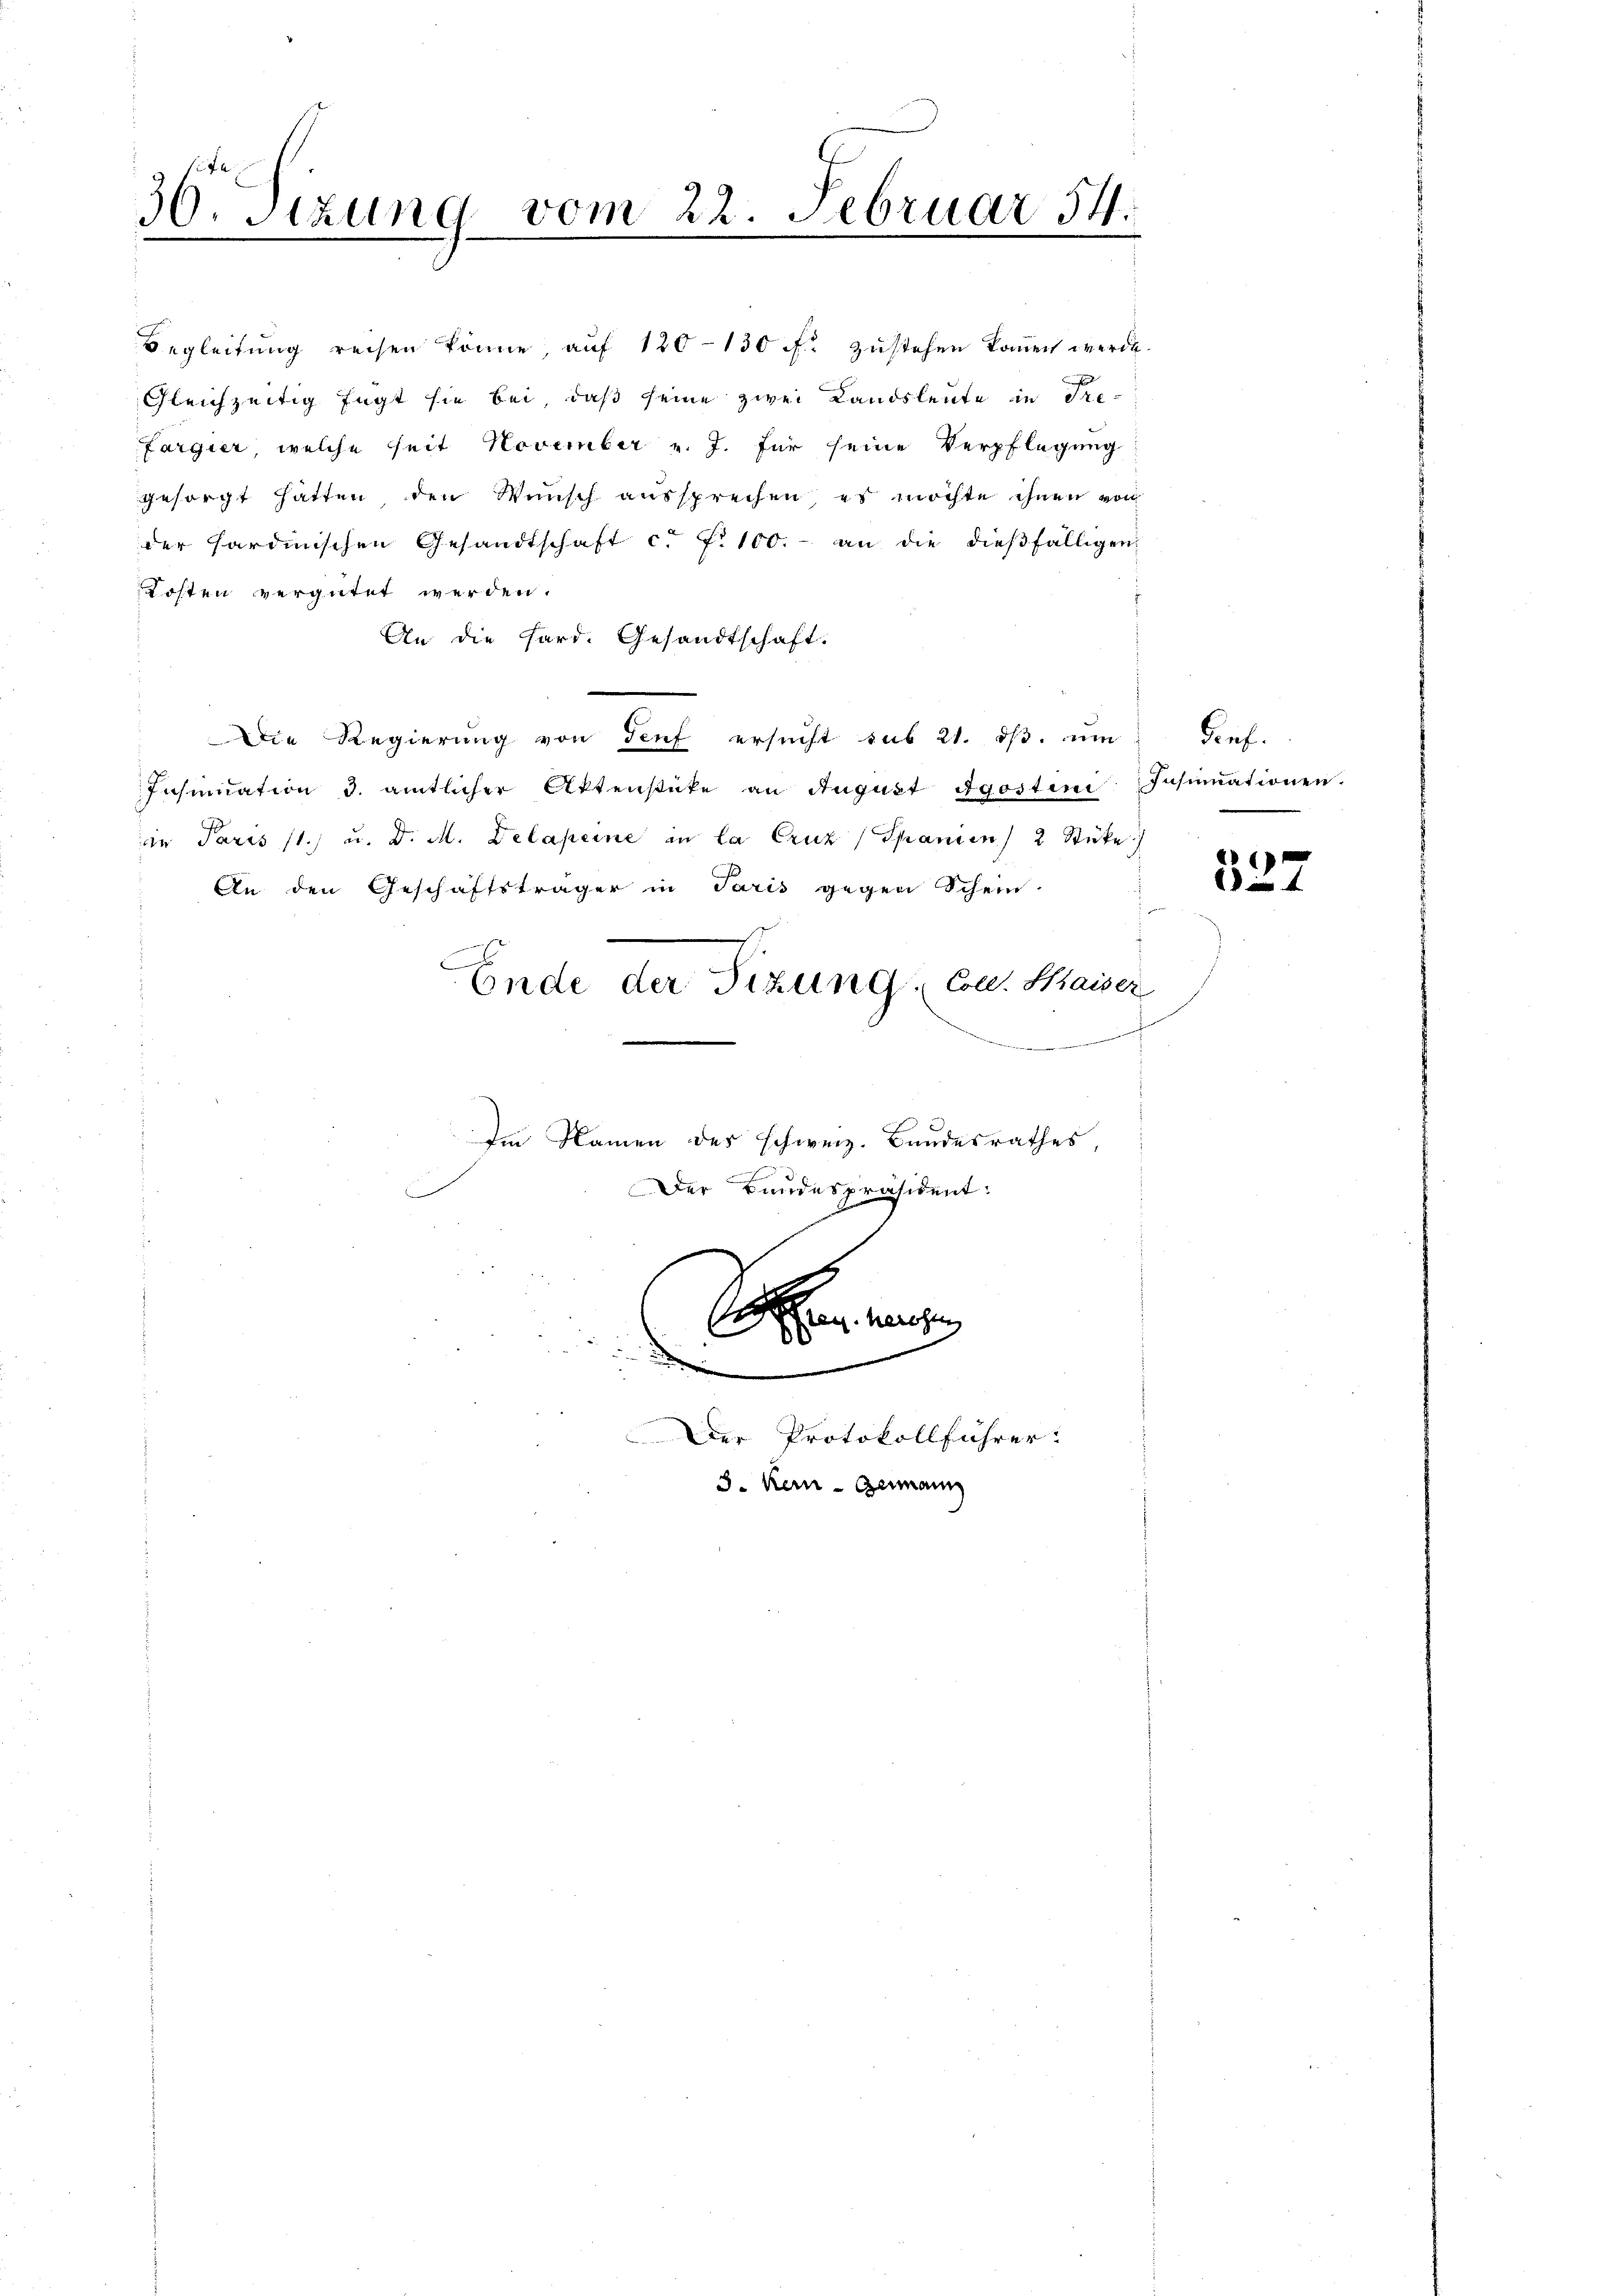
30. Stzung vom 22. Februar 54.

Die Regierŭng von Senf ersŭcht sub 21. dβ. m
Insinuation 3. amtlicher Aktenstüke an August Agosten Insinuationen.
in Paris 11. u. d. M. Delapeine in la Cruz (Spanien 2 Stücke
An den Geschäftsträger in Paris gegen Schein.
Ende der Sitzung Con. Maiser
Im Namen des schweiz. Bandesrathes,
Der Bundespräsident:
e
d

Begleitŭng reisen könne, aŭf 120-130 ff. zustehen können werde.
Gleichzeitig fügt sie bei, daß seine zwei Landsleute in Fre¬
Fargier, welche seit November v. J. für seine Verpflegung
gesorgt hätten den Wünsch aussprechen, es möchte ihnen von
der Sardinischen Gesandtschaft c. f. 100.- an die dieβfälligen
Kosten vergütet werden.
An die Hard. Gesandtschaft.

Der Protokollführer
3. Kein Germann

denf

527